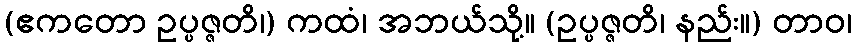
(ဧကတော ဥပ္ပဇ္ဇတိ၊) ကထံ၊ အဘယ်သို့။ (ဥပ္ပဇ္ဇတိ၊ နည်း။) တာဝ၊